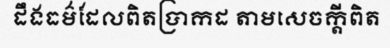
ដឹងធម៌ដែលពិតប្រាកដ តាមសេចក្តីពិត